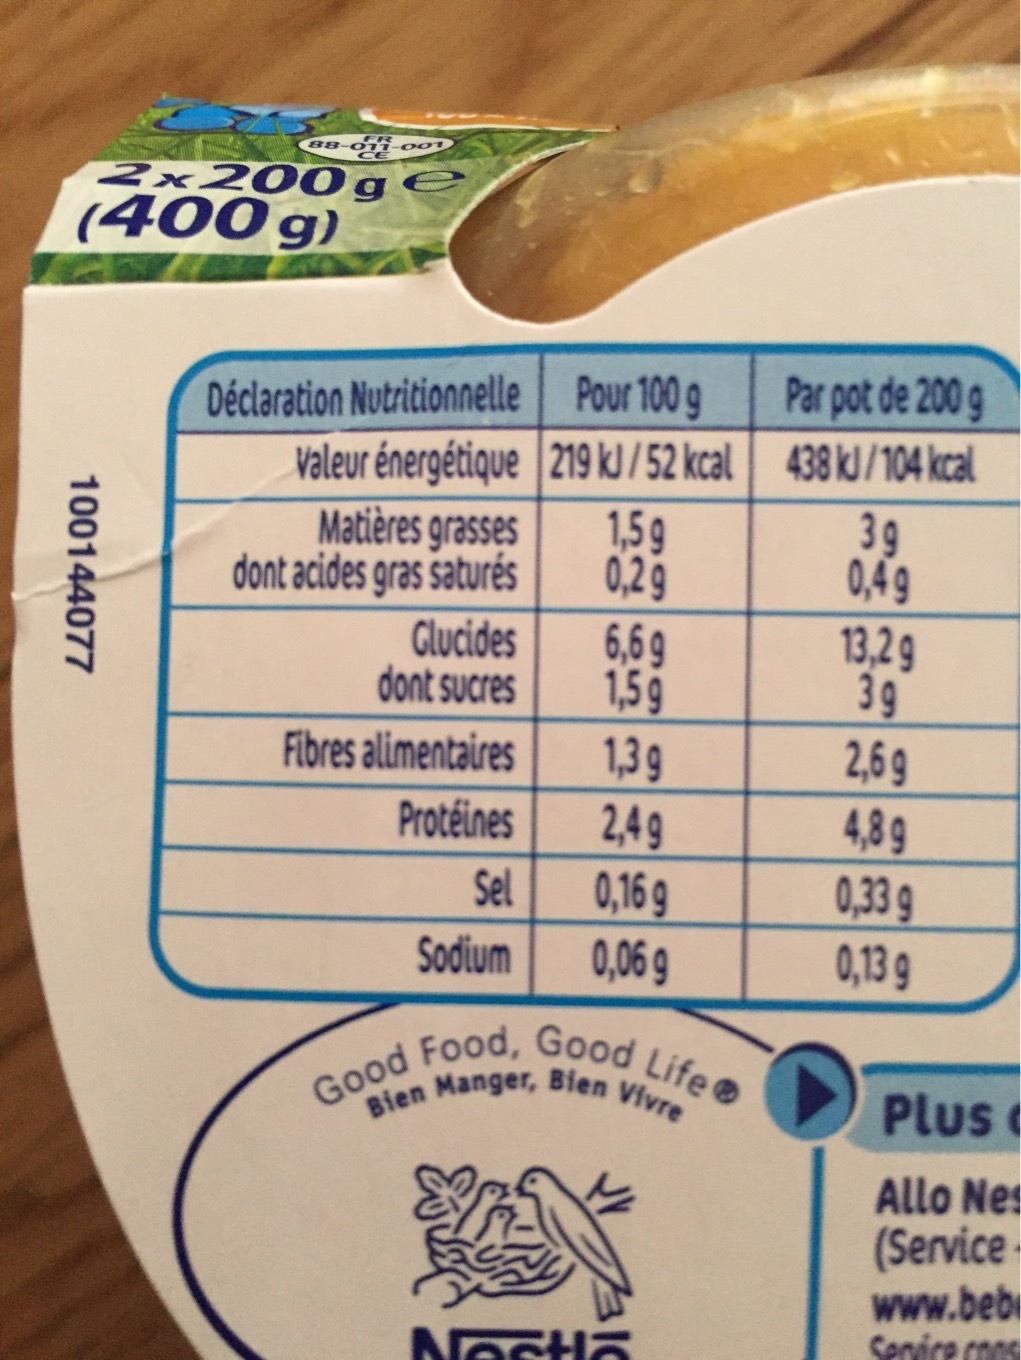
88100144077
FR
CE
11-001
2x200g (400 g)
Pour 100 g
Valeur énergétique 219 kJ/52 kcal
Déclaration Nutritionnelle
Matières grasses
dont acides gras saturés
Glucides
dont sucres
Fibres alimentaires
Protéines
Sel
Sodium
1,59
0,29
6,69
1,59
1,3 g
2,49
0,16 g
0,06 g
Good Food, Good Life
Bien Manger, Bien Vivre
Nasta
Par pot de 200 g
438 kJ/104 kcal
3g
0,49
13,2 g
3g
2,69
4,89
0,33 g
0,13 g
Plus
Allo Nes
(Service
www.beb
Service cons